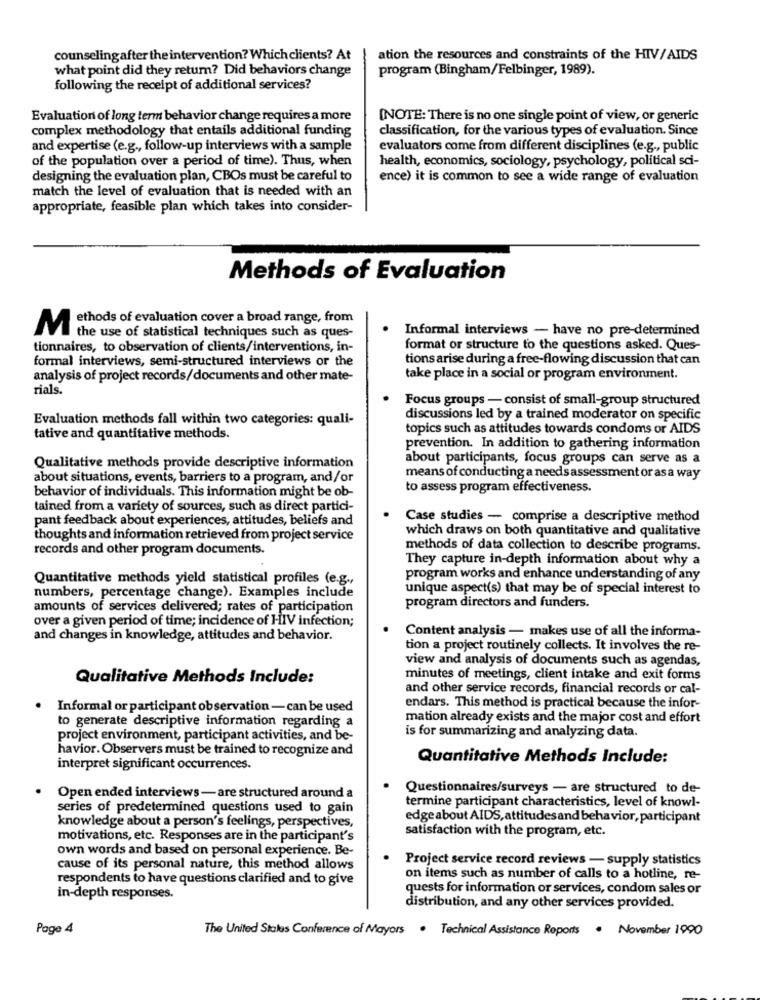
counselingafter the intervention? Which clients? At
ation the resources and constraints of the HIV/AIDS
what point did they retum? Did behaviors change
program (Bingham/Felbinger, 1989).
following the receipt of additional services?
Evaluation of long term behavior change requires a more
[NOTE: There is no one single point of view, or generic
complex methodology that entails additional funding
classification, for the various types of evaluation. Since
and expertise (e.g ., follow-up interviews with a sample
evaluators come from different disciplines (e.g ., public
of the population over a period of time). Thus, when
health, economics, sociology, psychology, political sci-
designing the evaluation plan, CBOs must be careful to
ence) it is common to see a wide range of evaluation
match the level of evaluation that is needed with an
appropriate, feasible plan which takes into consider-
Methods of Evaluation
ethods of evaluation cover a broad range, from
M
the use of statistical techniques such as ques-
Informal interviews - have no pre-determined
tionnaires, to observation of clients/interventions, in-
format or structure to the questions asked. Ques-
formal interviews, semi-structured interviews or the
tions arise during a free-flowing discussion that can
analysis of project records/documents and other mate-
take place in a social or program environment.
rials.
Focus groups - consist of small-group structured
Evaluation methods fall within two categories: quali-
discussions led by a trained moderator on specific
topics such as attitudes towards condoms or AIDS
tative and quantitative methods.
prevention. In addition to gathering information
about participants, focus groups can serve as a
Qualitative methods provide descriptive information
about situations, events, barriers to a program, and/or
means of conducting a needs assessment or as a way
to assess program effectiveness.
behavior of individuals. This information might be ob-
tained from a variety of sources, such as direct partici-
pant feedback about experiences, attitudes, beliefs and
Case studies - comprise a descriptive method
which draws on both quantitative and qualitative
thoughts and information retrieved from project service
records and other program documents.
methods of data collection to describe programs.
They capture in-depth information about why a
Quantitative methods yield statistical profiles (e.g .,
program works and enhance understanding of any
unique aspect(s) that may be of special interest to
numbers, percentage change). Examples include
amounts of services delivered; rates of participation
program directors and funders.
over a given period of time; incidence of HIV infection;
Content analysis - makes use of all the informa-
and changes in knowledge, attitudes and behavior.
tion a project routinely collects. It involves the re-
view and analysis of documents such as agendas,
Qualitative Methods Include:
minutes of meetings, client intake and exit forms
and other service records, financial records or cal-
.
Informal or participant observation - can be used
endars. This method is practical because the infor-
to generate descriptive information regarding a
mation already exists and the major cost and effort
is for summarizing and analyzing data.
project environment, participant activities, and be-
havior. Observers must be trained to recognize and
Quantitative Methods Include:
interpret significant occurrences.
Questionnaires/surveys - are structured to de-
Open ended interviews -are structured around a
termine participant characteristics, level of knowl-
series of predetermined questions used to gain
edgeabout AIDS, attitudesand behavior, participant
knowledge about a person's feelings, perspectives,
satisfaction with the program, etc.
motivations, etc. Responses are in the participant's
own words and based on personal experience. Be-
Project service record reviews - supply statistics
cause of its personal nature, this method allows
respondents to have questions clarified and to give
on items such as number of calls to a hotline, re-
quests for information or services, condom sales or
in-depth responses.
distribution, and any other services provided.
Page 4
The United States Conference of Mayors · Technical Assistance Reports. November 1990